Vaccination in Burma 1912-1922 - 1912-1922
Year: 1912
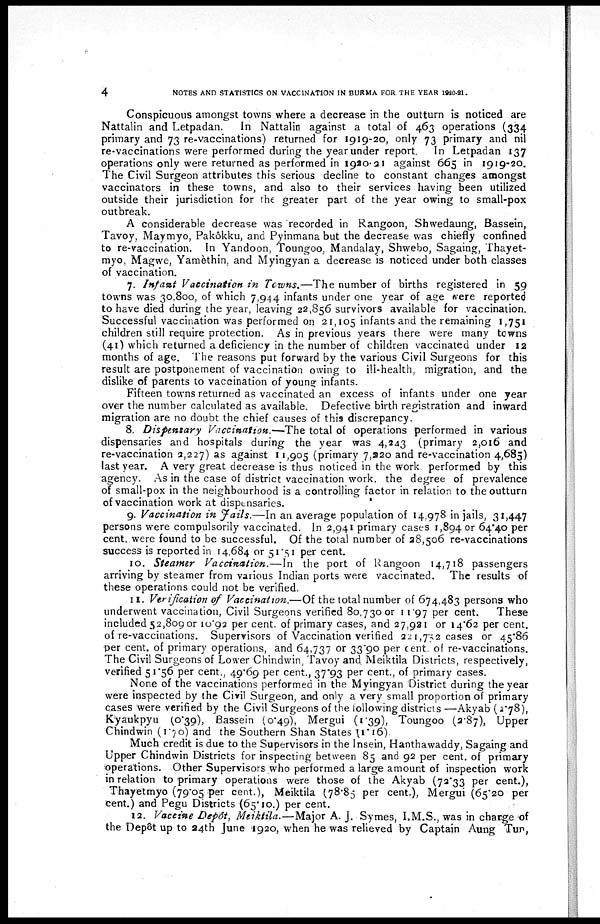
4
NOTES AND STATISTICS ON VACCINATION IN BURMA FOR THE YEAR 1920-21.
Conspicuous amongst towns where a decrease in the outturn is noticed are
Nattalin and Letpadan.
In Nattalin against a total of 463 operations (334
primary and 73 re-vaccinations) returned for 1919-20, only 73 primary and nil
re-vaccinations were performed during the year under report. In Letpadan 137
operations only were returned as performed in 1920-21 against 665 in 1919-20.
The Civil Surgeon attributes this serious decline to constant changes amongst
vaccinators in these towns, and also to their services having been utilized
outside their jurisdiction for the greater part of the year owing to small-pox
outbreak.
A considerable decrease was recorded in Rangoon, Shwedaung, Bassein,
Tavoy, Maymyo, Pakôkku, and Pyinmana but the decrease was chiefly confined
to re-vaccination. In Yandoon, Toungoo, Mandalay, Shwebo, Sagaing, Thayet-
myo, Magwe, Yamethin, and Myingyan a decrease is noticed under both classes
of vaccination.
7. Infant Vaccination in Towns.—The number of births registered in 59
towns was 30,800, of which 7,944 infants under one year of age were reported
to have died during the year, leaving 22,856 survivors available for vaccination.
Successful vaccination was performed on 21,105 infants and the remaining 1,751
children still require protection. As in previous years there were many towns
(41) which returned a deficiency in the number of children vaccinated under 12
months of age. The reasons put forward by the various Civil Surgeons for this
result are postponement of vaccination owing to ill-health, migration, and the
dislike of parents to vaccination of young infants.
Fifteen towns returned as vaccinated an excess of infants under one year
over the number calculated as available. Defective birth registration and inward
migration are no doubt the chief causes of this discrepancy.
8. Dispensary Vaccination.—The total of operations performed in various
dispensaries and hospitals during the year was 4,243 (primary 2,016 and
re-vaccination 2,227) as against 11,905 (primary 7,220 and re-vaccination 4,685)
last year. A very great decrease is thus noticed in the work performed by this
agency. As in the case of district vaccination work the degree of prevalence
of small-pox in the neighbourhood is a controlling factor in relation to the outturn
of vaccination work at dispensaries.
9. Vaccination in Fails.—In an average population of 14,978 in jails, 31,447
persons were compulsorily vaccinated. In 2,941 primary cases 1,894 or 64.40 per
cent. were found to be successful. Of the total number of 28,506 re-vaccinations
success is reported in 14,684 or 51.51 per cent.
10. Steamer Vaccination.—In the port of Rangoon 14,718 passengers
arriving by steamer from various Indian ports were vaccinated. The results of
these operations could not be verified.
11. Verification of Vaccination.—Of the total number of 674,483 persons who
underwent vaccination, Civil Surgeons verified 80,730 or 11.97 per cent.
These
included 52,809 or 10.92 per cent. of primary cases, and 27,921 or 14.62 per cent.
of re-vaccinations. Supervisors of Vaccination verified 221,752 cases or 45.86
per cent. of primary operations, and 64,737 or 33.90 per cent. of re-vaccinations.
The Civil Surgeons of Lower Chindwin, Tavoy and Meiktila Districts, respectively,
verified 51.56 per cent., 49.69 per cent., 37.93 per cent., of primary cases.
None of the vaccinations performed in the Myingyan District during the year
were inspected by the Civil Surgeon, and only a very small proportion of primary
cases were verified by the Civil Surgeons of the following districts—Akyab(2.78),
Kyaukpyu (0.39), Bassein (0.49), Mergui (1.39), Toungoo (2.87), Upper
Chindwin (1.70) and the Southern Shan States (1.16).
Much credit is due to the Supervisors in the Insein, Hanthawaddy, Sagaing and
Upper Chindwin Districts for inspecting between 85 and 92 per cent. of primary
operations. Other Supervisors who performed a large amount of inspection work
in relation to primary operations were those of the Akyab (72.33 per cent.),
Thayetmyo (79.05 per cent.), Meiktila (78.85 per cent.), Mergui (65.20 per
cent.) and Pegu Districts (65.10.) per cent.
12. Vaccine Depôt, Meiktila.—Major A. J. Symes, I.M.S., was in charge of
the Dep8t up to 24th June 1920, when he was relieved by Captain Aung Tun,